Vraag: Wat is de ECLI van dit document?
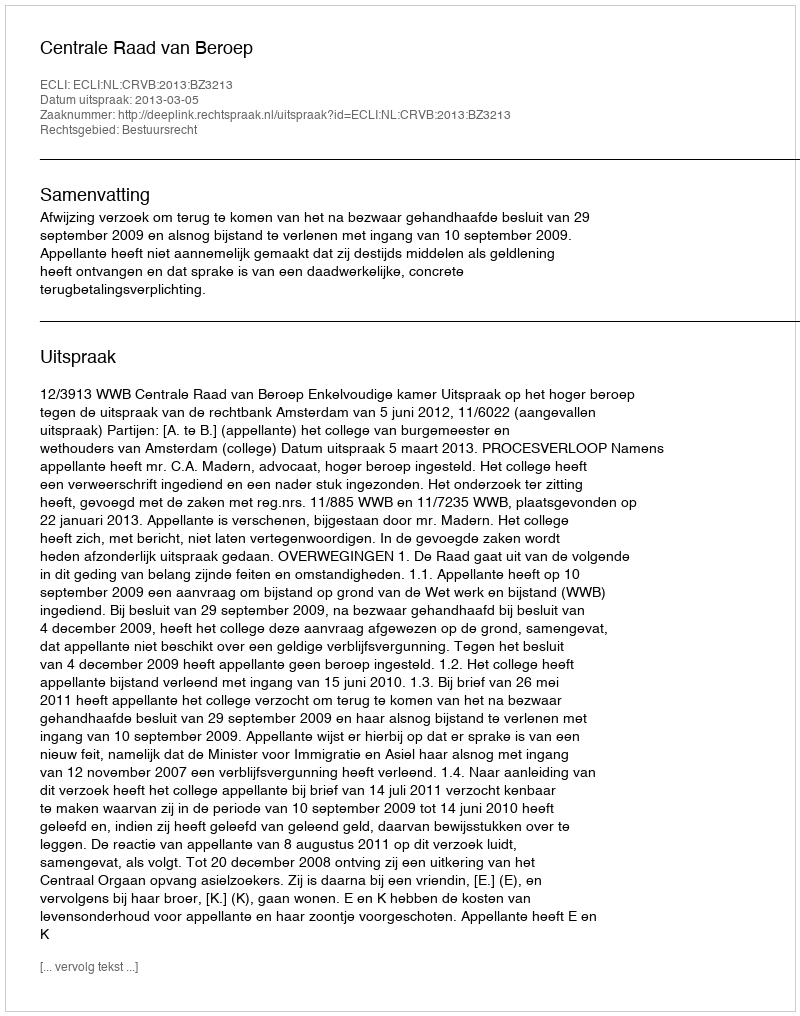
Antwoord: ECLI:NL:CRVB:2013:BZ3213